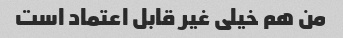
من هم خیلی غیر قابل اعتماد است